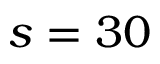
s = 3 0